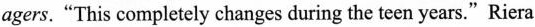
agers."This completely changes during the teen years."Riera